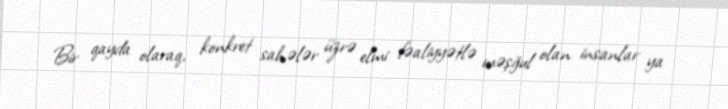
Bir qayda olaraq, konkret sahələr üzrə elmi fəaliyyətlə məşğul olan insanlar ya